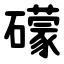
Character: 礞